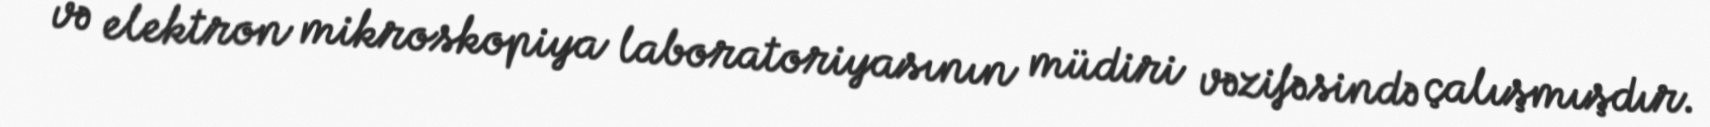
və elektron mikroskopiya laboratoriyasının müdiri vəzifəsində çalışmışdır.